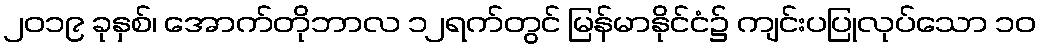
၂၀၁၉ ခုနှစ်၊ အောက်တိုဘာလ ၁၂ရက်တွင် မြန်မာနိုင်ငံ၌ ကျင်းပပြုလုပ်သော ၁၀